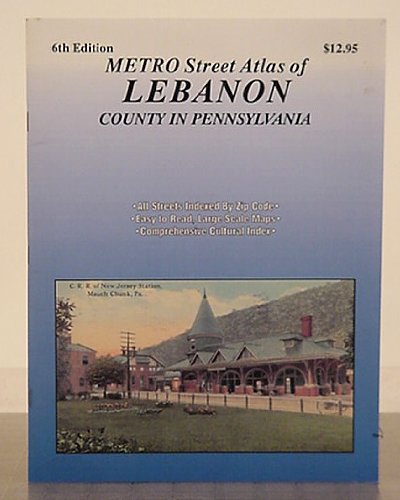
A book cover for Metro street atlas of Lebanon county in Pennsylvania (Metro street atlas series); Franklin Maps (Firm); Travel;